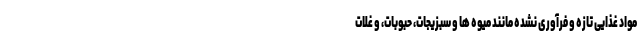
مواد غذایی تازه و فرآوری نشده مانند میوه ها و سبزیجات، حبوبات، و غلات